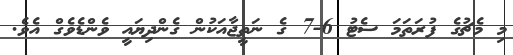
މި މެޗުގެ ފުރަތަމަ ސެޓު 6-7 ގެ ނަތީޖާއަކުން ގެންދިޔައީ ވެންޑެވެގް އެވެ.